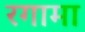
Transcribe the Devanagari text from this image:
रगामा